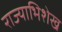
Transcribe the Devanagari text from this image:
राज्याभिशेख